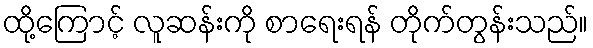
ထို့ကြောင့် လူဆန်းကို စာရေးရန် တိုက်တွန်းသည်။